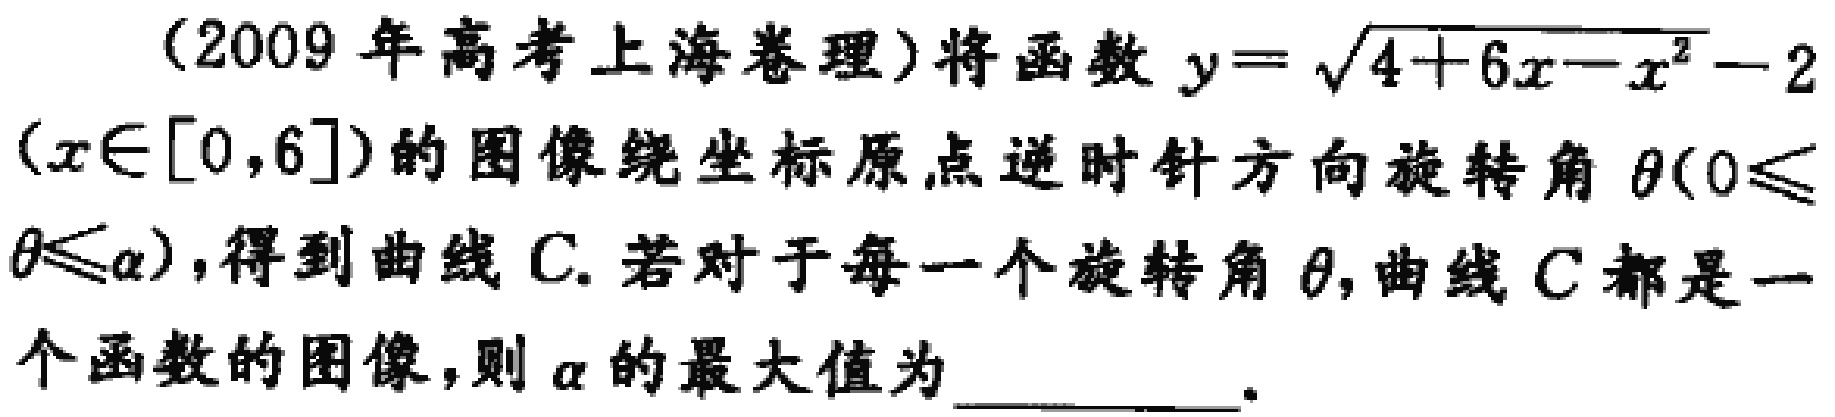
(2009年高考上海卷理)将函数\(y = \sqrt{4 + 6x - x^{2}} - 2\)（\(x\in[0,6]\)）的图像绕坐标原点逆时针方向旋转角\(\theta(0\leqslant\theta\leqslant\alpha)\)，得到曲线\(C\). 若对于每一个旋转角\(\theta\)，曲线\(C\)都是一个函数的图像，则\(\alpha\)的最大值为  。